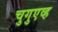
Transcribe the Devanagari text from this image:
चुगुएव्ह